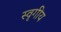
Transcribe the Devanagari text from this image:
स्वृगीय